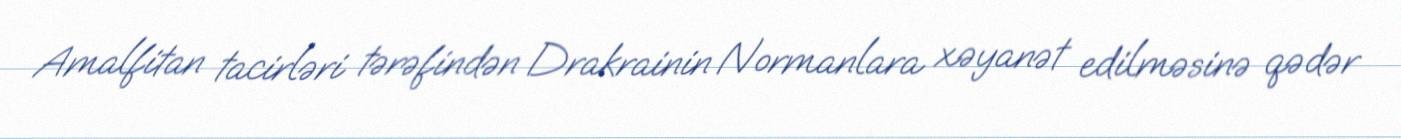
Amalfitan tacirləri tərəfindən Drakrainin Normanlara xəyanət edilməsinə qədər